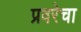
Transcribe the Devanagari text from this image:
प्रवरेचा